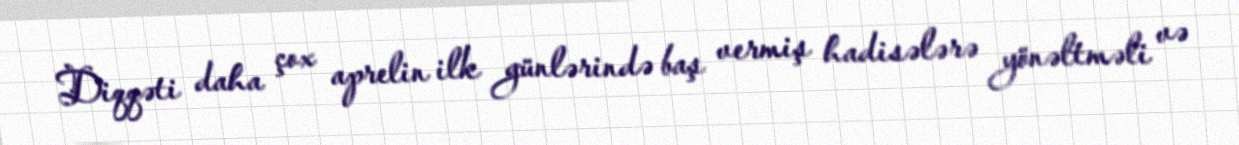
Diqqəti daha çox aprelin ilk günlərində baş vermiş hadisələrə yönəltməli və